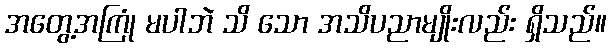
အတွေ့အကြုံ မပါဘဲ သိ သော အသိပညာမျိုးလည်း ရှိသည်။